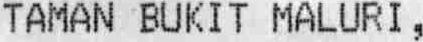
TAMAN BUKIT MALURI ,